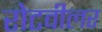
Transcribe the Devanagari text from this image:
रोटवीलर